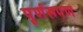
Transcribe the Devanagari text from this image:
पूर्णरूपण